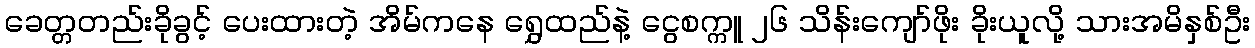
ခေတ္တတည်းခိုခွင့် ပေးထားတဲ့ အိမ်ကနေ ရွှေထည်နဲ့ ငွေစက္ကူ ၂၆ သိန်းကျော်ဖိုး ခိုးယူလို့ သားအမိနှစ်ဦး